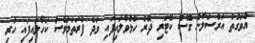
އެވަގުތު އަރްސަލާން ގޮސް ކޮޓަރި ދޮރު ހުޅުވާލައިފައި ވަދެ ފުރަތަމަވެސް ކަހާލައިފައި ހުރި